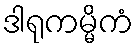
ဒါရုကမ္မိကံ